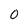
Character: 0